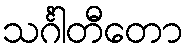
သင်္ဂါတီတော